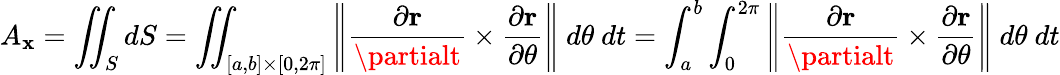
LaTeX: A_{\mathbf{x}}=\iint_{S}dS=\iint_{[a,b]\times[0,2\pi]}\left\| {\frac{{\partial\mathbf{{r}}}}{{\partialt}}}\times{\frac{{\partial\mathbf{{r}}}}{{\partial\theta}}}\right\| \ d\theta\ dt=\int_{a}^{b}\int_{0}^{2\pi}\left\| {\frac{{\partial\mathbf{{r}}}}{{\partialt}}}\times{\frac{{\partial\mathbf{{r}}}}{{\partial\theta}}}\right\| \ d\theta\ dt